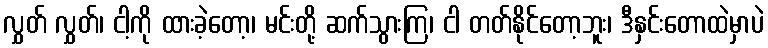
လွှတ် လွှတ်၊ ငါ့ကို ထားခဲ့တော့၊ မင်းတို့ ဆက်သွားကြ၊ ငါ တတ်နိုင်တော့ဘူး၊ ဒီနှင်းတောထဲမှာပဲ